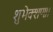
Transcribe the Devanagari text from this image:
शुभेक्शणः।।